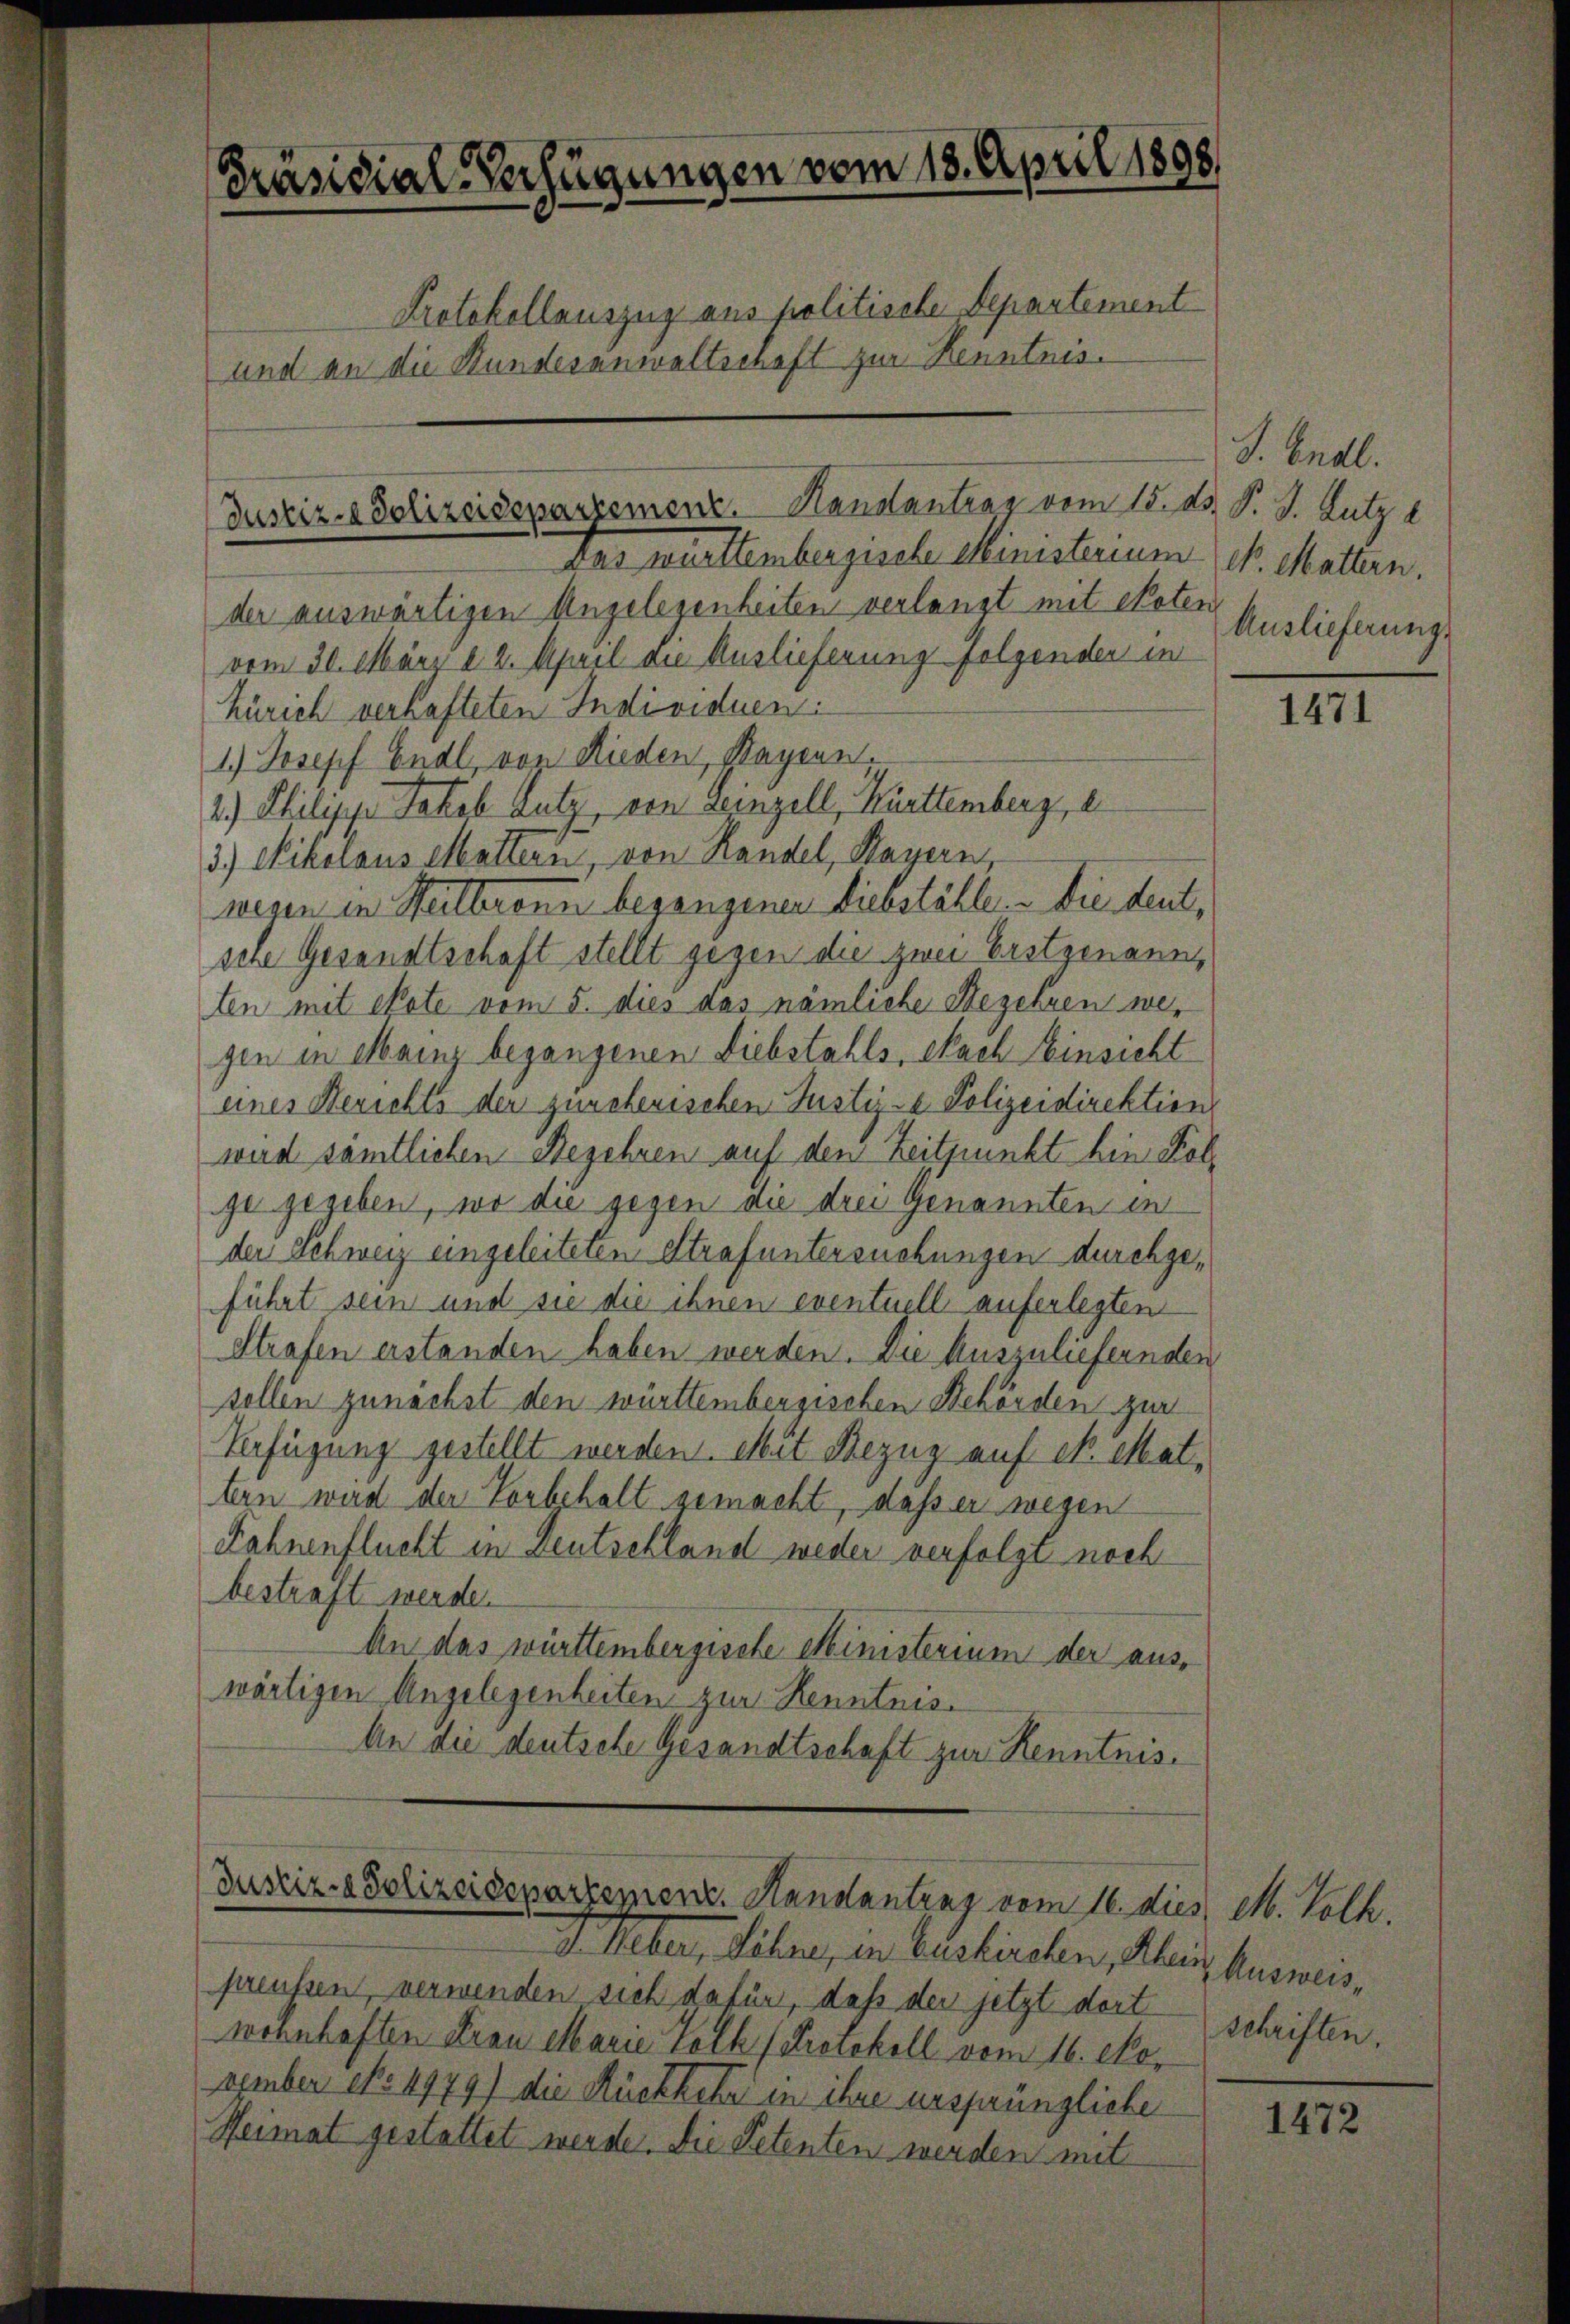
der auswärtigen Angelesenheiten verlangt mit Noten
vom 30. März d. 2. April an Auslieferung folgenden in
Zürich verhafteten Individuen
1.) Josepf Endl, von Rieden, Hagenn.
2.) Philipp Jakob Lutz, von seinzell, Kürttemberg, e
3.) Nikolaus Matters, von Randel, Mayern,
wesen in Heilbronn begangenen Liebställe. Die deutsche Gesandtschaft stellt gegen die zwei Erstgenannten mit etate vom 5. dies das nämliche Begehren wegen in Mainz begangenen Diebstahls, Nach Einsicht
eines Berichts der zürchenischen Justiz- & Polizeidirektion
wird sämtlichen Begehren auf den Zeitpunkt hin Folge gegeben, wo die gegen an drei Genannten in
der Schweiz eingeleiteten Strafuntersuchungen durchgeführt sein und sie die ihnen eventuell auferlegten
Strafen erstanden haben werden. Die Auszuliefernden
sollen zunächst den württembergischen Behörden zur
Verfügung gestellt werden. Mit Bezug auf 1. Mattern wird der Vorbehalt gemacht, daß er wegen
Fahnenflucht in Deutschland weder verfolgt noch
bestraft werde.
An das württembergische Ministerium der auswärtigen Angelegenheiten zur Kenntnis.
An die deutsche Gesandtschaft zur Kenntnis¬

Präsidial-Verfügungen vom 18. April 1898
Protokollauszug aus politische Departement
und an die Stundesanwaltschaft zur Kenntnis.

Justiz-Polizeisepartement. Hanslantrag vom 15. d. J. J. Lutz l
Das württembergesche Ministerium d. Matten.

Justiz- & Polizeidepartement. Handantrag vom 16. dies, M. Volk.

v. Weber, Söhne, in Euskirchen, Rhein Ausweispreusen, verwenden sich dafür, daß der jetzt dort
wohnhaften Frau Marie Volk (Protokoll vom 16. Nozember efo. 4979) die Rückkete in ihre ursprüngliche
Heimat gestattet werde. Die Petenten werden mit

S. Endl.
Auslieferungs

1471

schriften.

1472